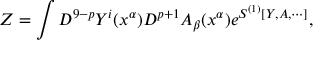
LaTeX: Z = \int D ^ { 9 - p } Y ^ { i } ( x ^ { \alpha } ) D ^ { p + 1 } A _ { \beta } ( x ^ { \alpha } ) e ^ { S ^ { ( 1 ) } [ Y , A , \cdots ] } ,